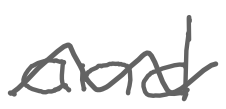
Text: and
Cross-out: wave
Writing tool: digital_gray